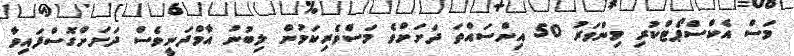
މަސް އެކްސްޕޯޓްކުރި މިންވަރު 50 އިންސައްތަ ދަށަށްވެ މަސްވެރިކަމުން ލިބުނު އާމްދަނީވެސް ދަށަށްގޮސްފައިވާ